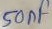
Text: 50nF